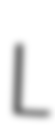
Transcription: L